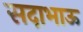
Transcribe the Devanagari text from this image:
सदाभाऊ